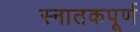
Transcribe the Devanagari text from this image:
स्नातकपूर्ण